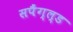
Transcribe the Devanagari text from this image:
सपैंग्ल्ड